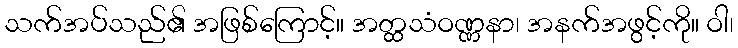
သက်အပ်သည်၏ အဖြစ်ကြောင့်။ အတ္ထသံဝဏ္ဏနာ၊ အနက်အဖွင့်ကို။ ဝါ၊